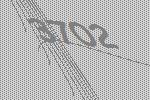
3702